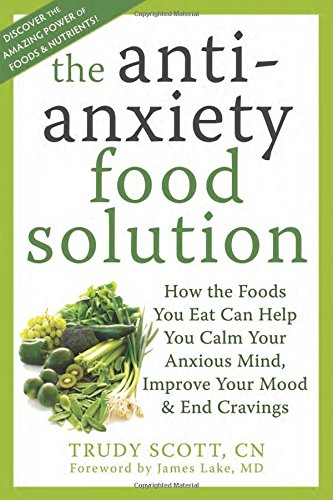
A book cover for The Antianxiety Food Solution: How the Foods You Eat Can Help You Calm Your Anxious Mind, Improve Your Mood, and End Cravings; Trudy Scott; Health, Fitness & Dieting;